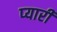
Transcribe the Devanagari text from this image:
प्‍यारी